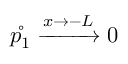
\mathring { p _ { 1 } } \xrightarrow { x \rightarrow - L } 0